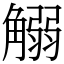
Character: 䚥